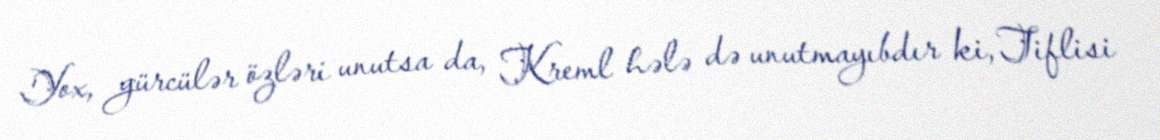
Yox, gürcülər özləri unutsa da, Kreml hələ də unutmayıbdır ki, Tiflisi